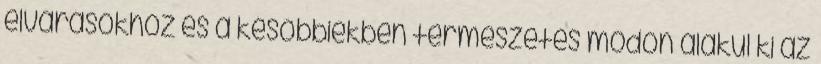
elvárásokhoz és a későbbiekben természetes módon alakul ki az